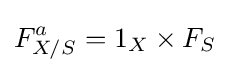
F_{X/S}^{a}=1_{X}\times F_{S}